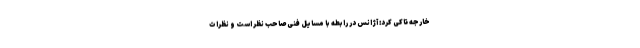
خارجه تاکی کرد: آژانس در رابطه با مسایل فنی صاحب نظر است و نظرات